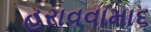
હરાવવામા૬